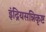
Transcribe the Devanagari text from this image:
इंद्रियसन्निकृष्ट